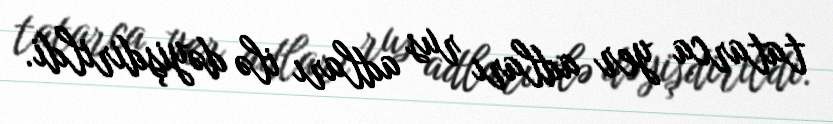
tatarca yer adları rus adları ilə dəyişdirildi.